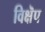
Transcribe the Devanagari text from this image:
विक्षॆप